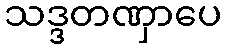
သဒ္ဒတဏှာပေ